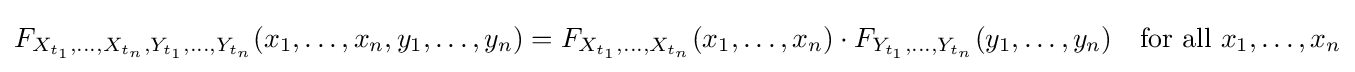
F_{X_{t_{1}},\ldots ,X_{t_{n}},Y_{t_{1}},\ldots ,Y_{t_{n}}}(x_{1},\ldots ,x_{n},y_{1},\ldots ,y_{n})=F_{X_{t_{1}},\ldots ,X_{t_{n}}}(x_{1},\ldots ,x_{n})\cdot F_{Y_{t_{1}},\ldots ,Y_{t_{n}}}(y_{1},\ldots ,y_{n})\quad {\text{for all }}x_{1},\ldots ,x_{n}